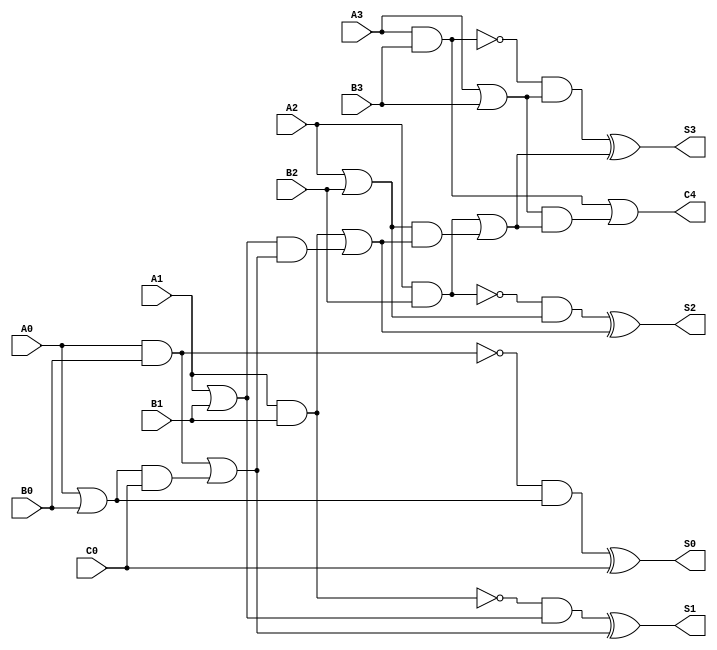
module mj74X283(
 
A0,A1,A2,A3,B0,B1,B2,B3,C0,C4,S0,S1,S2,S3
);
input A0,A1,A2,A3; input B0,B1,B2,B3;
input C0; output C4;
output S0,S1,S2,S3;
wire G0,G1,G2,G3; wire P0,P1,P2,P3;
wire C1,C2,C3; wire O1,O2,O3,O4;
wire GP0,GP1,GP2,GP3;
wire G0_H,G1_H,G2_H,G3_H;

and andG0(G0,A0,B0); 
and andG1(G1,A1,B1); 
and andG2(G2,A2,B2); 
and andG3(G3,A3,B3);
or orP0(P0,A0,B0);
or orP1(P1,A1,B1);
or orP2(P2,A2,B2);
or orP3(P3,A3,B3);
and andO1(O1,P0,C0); 
or orC1(C1,G0,O1);
and andO2(O2,P1,C1); 
or orC2(C2,G1,O2);
and andO3(O3,P2,C2); 
or orC3(C3,G2,O3);
and andO4(O4,P3,C3); 
or orC4(C4,G3,O4);
not not0(G0_H,G0); 
not not1(G1_H,G1); 
not not2(G2_H,G2); 
not not3(G3_H,G3);
and andGP0(GP0,G0_H,P0);
and andGP1(GP1,G1_H,P1); 
and andGP2(GP2,G2_H,P2); 
and andGP3(GP3,G3_H,P3);
xor xor0(S0,GP0,C0); 
xor xor1(S1,GP1,C1); 
xor xor2(S2,GP2,C2); 
xor xor3(S3,GP3,C3);

endmodule